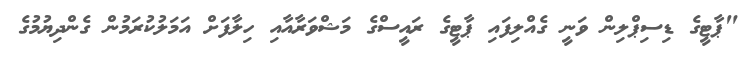
"ޕާޓީގެ ޑިސިޕްލިން ވަނީ ގެއްލިފައި ޕާޓީގެ ރައީސްގެ މަޝްވަރާއާއި ހިލާފަށް އަމަލުކުރަމުން ގެންދިޔުމުގެ